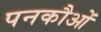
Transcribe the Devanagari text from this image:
पनकौओं